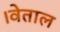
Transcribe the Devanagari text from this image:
।वेताल